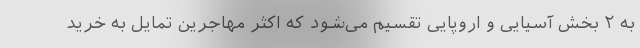
به ۲ بخش آسیایی و اروپایی تقسیم می‌شود که اکثر مهاجرین تمایل به خرید